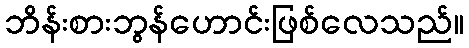
ဘိန်းစားဘွန်ဟောင်းဖြစ်လေသည်။